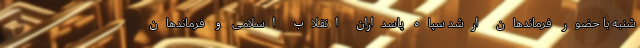
شنبه با حضور فرماندهان ارشد سپاه پاسداران انقلاب اسلامی و فرماندهان